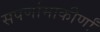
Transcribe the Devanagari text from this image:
सपर्णामाकीर्णां